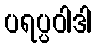
ပရပ္ပဝါဒါ